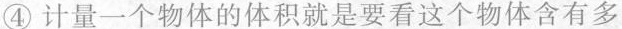
④计量一个物体的体积就是要看这个物体含有多